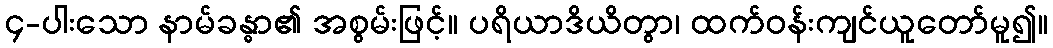
၄-ပါးသော နာမ်ခန္ဓာ၏ အစွမ်းဖြင့်။ ပရိယာဒိယိတွာ၊ ထက်ဝန်းကျင်ယူတော်မူ၍။